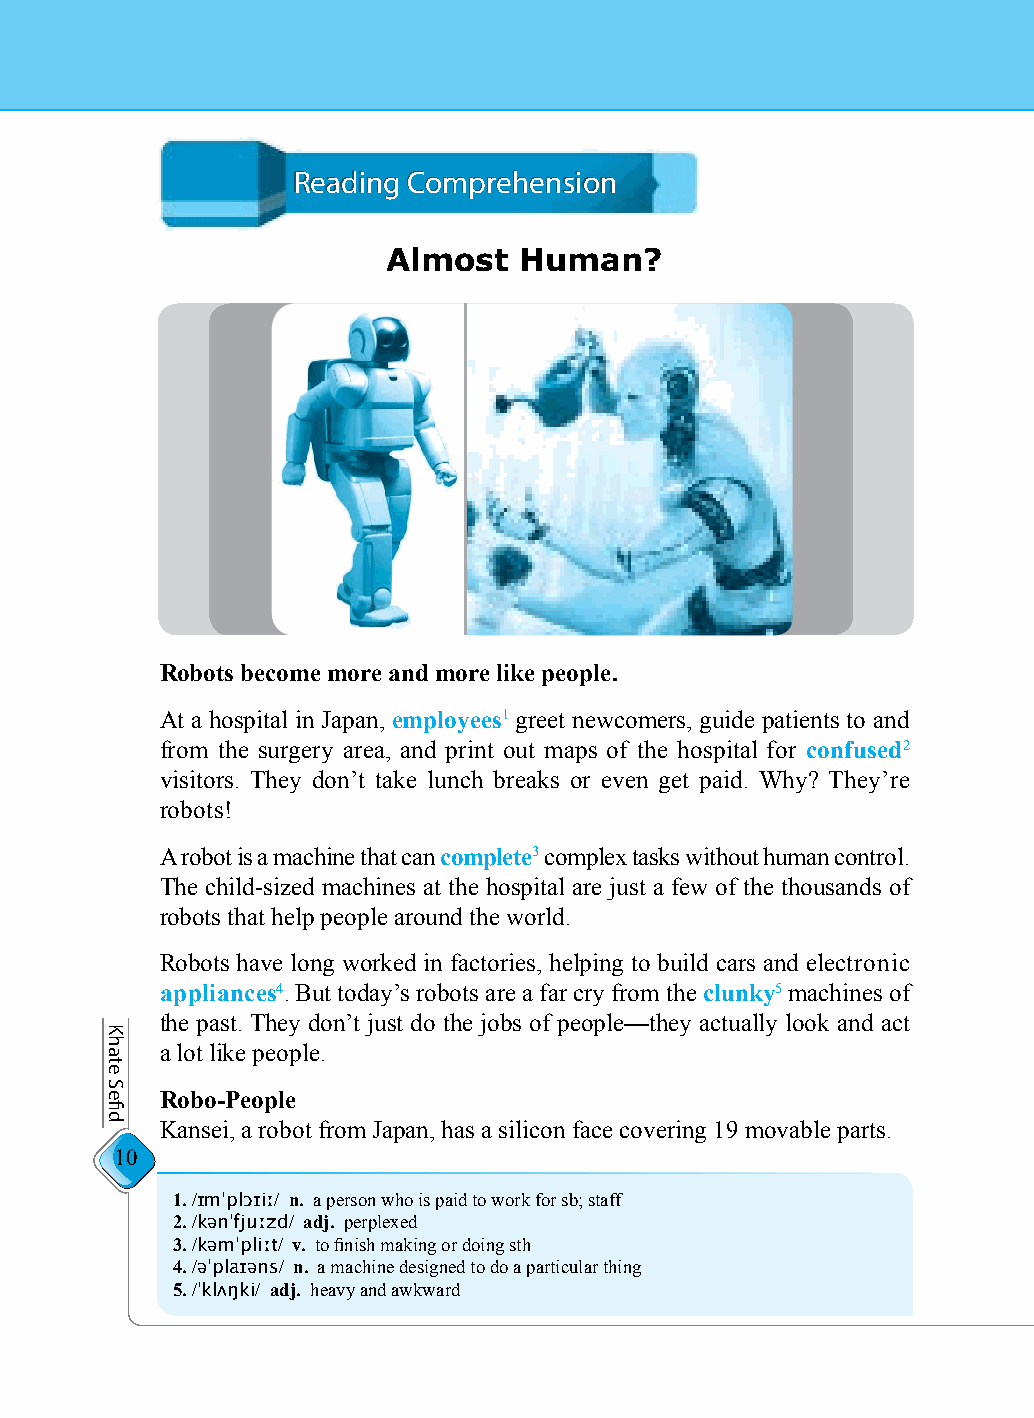
RReeaaddiinngg CCoommpprreehheennssiioonn
 Almost  Human?
 Robots become more and more like people.
 At a hospital in Japan, employees1 greet newcomers, guide patients to and
 from the surgery area, and print out maps of the hospital for confused2
 visitors. They don’t take lunch breaks or even get paid. Why? They’re
 robots!
 A robot is a machine that can complete3 complex tasks without human control.
 The child-sized machines at the hospital are just a few of the thousands of
 robots that help people around the world.
 Robots have long worked in factories, helping to build cars and electronic
 appliances4. But today’s robots are a far cry from the clunky5 machines of
 the past. They don’t just do the jobs of people—they actually look and act
 a lot like people.
 Robo-People
 Kansei, a robot from Japan, has a silicon face covering 19 movable parts.
 10
 1. /ɪmˈplɔɪiː/ n. a person who is paid to work for sb; staff
 2. /kənˈfjuːzd/ adj. perplexed
 3. /kəmˈpliːt/ v. to finish making or doing sth
 4. /əˈplaɪəns/ n. a machine designed to do a particular thing
 5. /ˈklʌŋki/ adj. heavy and awkward
 Khate
 Sefid